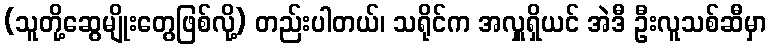
(သူတို့ဆွေမျိုးတွေဖြစ်လို့) တည်းပါတယ်၊ သရိုင်က အလှူရှိယင် အဲဒီ ဦးလူသစ်ဆီမှာ